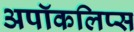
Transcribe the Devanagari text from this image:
अपॉकलिप्स